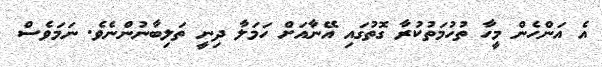
އެ އަންހެން މީހާ ތުހުމަތުކުރާ ގޮތުގައި އޭނާއަށް ހަމަލާ ދިނީ ތަލިބާނުންނެވެ. ނަމަވެސް